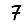
Digit: 7